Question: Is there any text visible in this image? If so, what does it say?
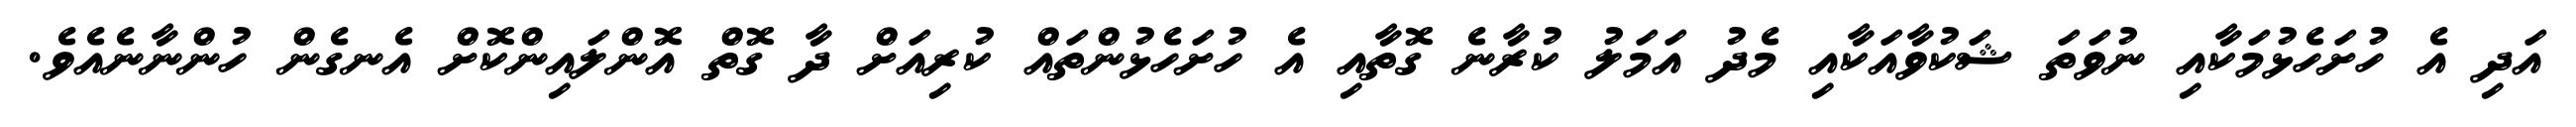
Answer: އަދި އެ ހުށަހެޅުމަކާއި ނުވަތަ ޝަކުވާއަކާއި މެދު އަމަލު ކުރާނެ ގޮތާއި އެ ހުށަހެޅުންތައް ކުރިއަށް ދާ ގޮތް އޮންލައިންކޮށް އެނގެން ހުންނާނެއެވެ.